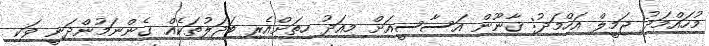
މުހައްމަދު ޖަމީލް އަހްމަދު: ޤާނޫން އަސާސީއަށް މިއަދު ހިތަށްއެރި ބަދަލުތަކެއް ގެންނަމުންދަނީ ވަކި